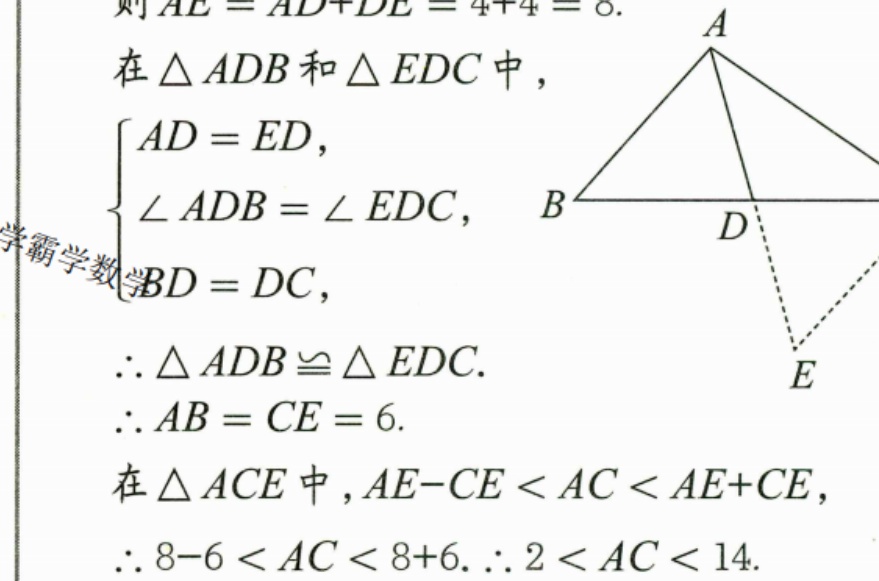
则\(AE = AD + DE = 4 + 4 = 8\).
在\(\triangle ADB\)和\(\triangle EDC\)中，
\(\begin{cases}
AD = ED,\\
\angle ADB=\angle EDC,\\
BD = DC,
\end{cases}\)
\(\therefore \triangle ADB\cong\triangle EDC\).
\(\therefore AB = CE = 6\).
在\(\triangle ACE\)中，\(AE - CE < AC < AE + CE\)，
\(\therefore 8 - 6 < AC < 8 + 6\). \(\therefore 2 < AC < 14\).